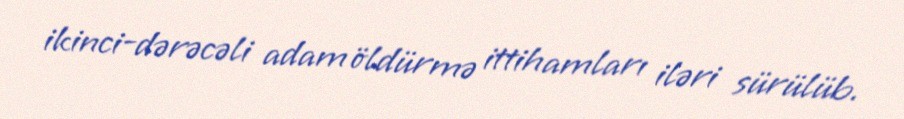
ikinci-dərəcəli adam öldürmə ittihamları iləri sürülüb.